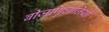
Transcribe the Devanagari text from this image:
बीजाणुघानियाँ